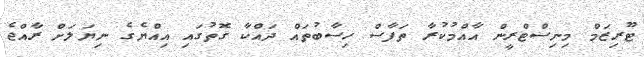
ޓޫރިޒަމް މިނިސްޓްރީން އާއްމުކުރާ ތަފާސް ހިސާބުތައް ދައްކާ ގޮތުގައި އިއްޔެގެ ނިޔަލަށް ރާއްޖެ